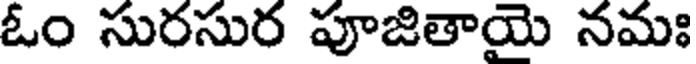
ఓం సురసుర పూజితాయె నమః